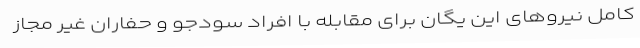
کامل نیروهای این یگان برای مقابله با افراد سودجو و حفاران غیر مجاز